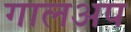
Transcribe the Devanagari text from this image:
गालअप